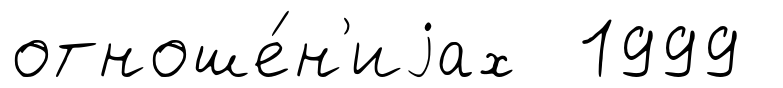
отноше́н'иjах 1999